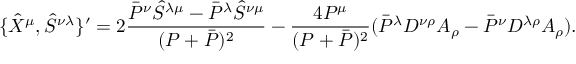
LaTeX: \{ \hat { X } ^ { \mu } , \hat { S } ^ { \nu \lambda } \} ^ { \prime } = 2 \frac { \bar { P } ^ { \nu } \hat { S } ^ { \lambda \mu } - \bar { P } ^ { \lambda } \hat { S } ^ { \nu \mu } } { ( P + \bar { P } ) ^ { 2 } } - \frac { 4 P ^ { \mu } } { ( P + \bar { P } ) ^ { 2 } } ( \bar { P } ^ { \lambda } D ^ { \nu \rho } A _ { \rho } - \bar { P } ^ { \nu } D ^ { \lambda \rho } A _ { \rho } ) . \nonumber \,